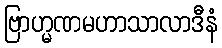
ဗြာဟ္မဏမဟာသာလာဒီနံ